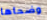
وضحاها